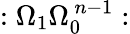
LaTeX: :\Omega_{1}\Omega_{0}^{\, n-1}: